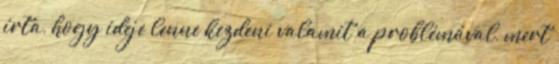
írta, hogy ideje lenne kezdeni valamit a problémával, mert